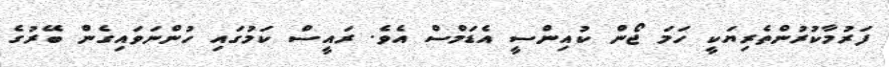
ފަރުމާކުރުންތެރިޔަކީ ހަމަ ޖޯން ކުއިންސީ އެޑަމްސް އެވެ. ރައީސް ކަމުގައި ހުންނަވައިގެން ބޭރުގެ